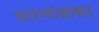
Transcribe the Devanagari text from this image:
धारणांबाबत